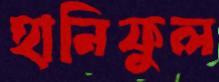
হানিফুল